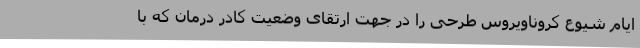
ایام شیوع کروناویروس طرحی را در جهت ارتقای وضعیت کادر درمان که با